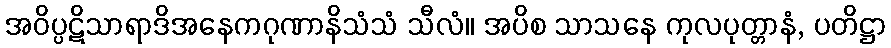
အဝိပ္ပဋိသာရာဒိအနေကဂုဏာနိသံသံ သီလံ။ အပိစ သာသနေ ကုလပုတ္တာနံ, ပတိဋ္ဌာ